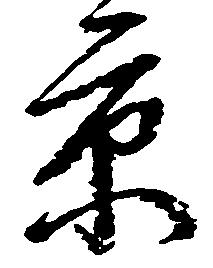
京